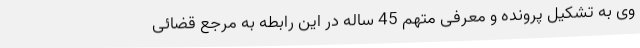
وی به تشکیل پرونده و معرفی متهم 45 ساله در این رابطه به مرجع قضائی